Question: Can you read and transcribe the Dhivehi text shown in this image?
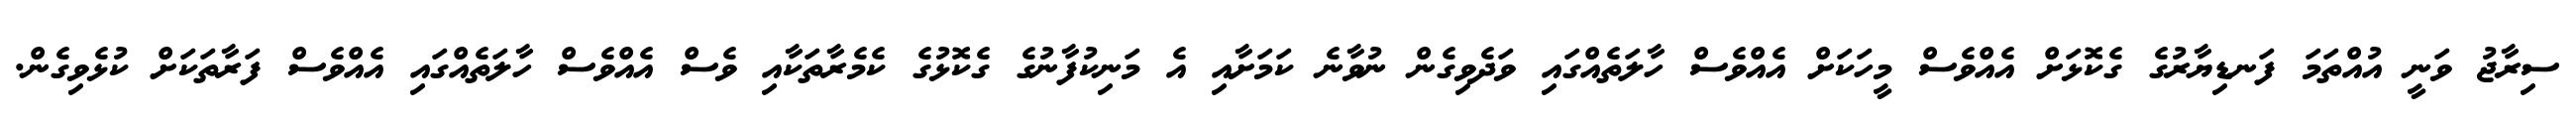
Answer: ސިރާޖު ވަނީ އުއްތަމަ ފަނޑިޔާރުގެ ގެކޮޅަށް އެއްވެސް މީހަކަށް އެއްވެސް ހާލަތެއްގައި ވަދެވިގެން ނުވާނެ ކަމަށާއި އެ މަނިކުފާނުގެ ގެކޮޅުގެ ކެމެރާތަކާއި ވެސް އެއްވެސް ހާލަތެއްގައި އެއްވެސް ފަރާތަކަށް ކުޅެވިގެން.